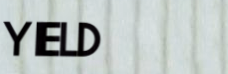
YIELD